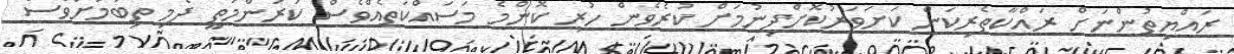
ރައްޔިތުންނަށް ރައްކާތެރިކަން ކަށަވަރުކޮށްދިނުމަށް ކުރެވެން ހުރި ކޮންމެ މަސައްކަތެއްވެސް ކުރުންމަތީ ދެމި ތިބުމަށްވެސް